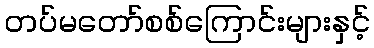
တပ်မတော်စစ်ကြောင်းများနှင့်